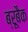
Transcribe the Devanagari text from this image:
ब्रूबैक